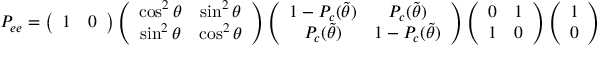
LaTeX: P _ { e e } = \left( \begin{array} { c c } { { 1 } } & { { 0 } } \end{array} \right) \left( \begin{array} { c c } { { \cos ^ { 2 } \theta } } & { { \sin ^ { 2 } \theta } } \\ { { \sin ^ { 2 } \theta } } & { { \cos ^ { 2 } \theta } } \end{array} \right) \left( \begin{array} { c c } { { 1 - P _ { c } ( \tilde { \theta } ) } } & { { P _ { c } ( \tilde { \theta } ) } } \\ { { P _ { c } ( \tilde { \theta } ) } } & { { 1 - P _ { c } ( \tilde { \theta } ) } } \end{array} \right) \left( \begin{array} { c c } { { 0 } } & { { 1 } } \\ { { 1 } } & { { 0 } } \end{array} \right) \left( \begin{array} { c } { { 1 } } \\ { { 0 } } \end{array} \right) \ ,